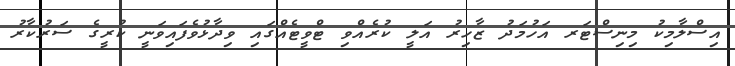
އިސްލާމިކު މިނިސްޓަރ އަހުމަދު ޒާހިރު އަލީ ކުރެއްވި ޓްވީޓެއްގައި ވިދާޅުވެފައިވަނީ ކުރީގެ ސަރުކާރު